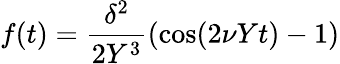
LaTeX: f(t)={\frac{\delta^{2}}{2Y^{3}}}(\cos(2\nu Yt)-1)